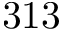
3 1 3